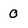
Character: 0